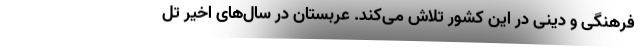
فرهنگی و دینی در این کشور تلاش می‌کند. عربستان در سال‌های اخیر تل